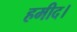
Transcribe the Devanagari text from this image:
हमीद।